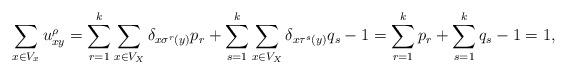
LaTeX: \begin{align*}\sum_{x \in V_x} u^\rho_{xy} &= \sum_{r = 1}^k \sum_{x \in V_X} \delta_{x \sigma^r(y)} p_r + \sum_{s = 1}^k \sum_{x \in V_X} \delta_{x \tau^s(y)} q_s - 1= \sum_{r = 1}^k p_r + \sum_{s = 1}^k q_s - 1 = 1, \end{align*}